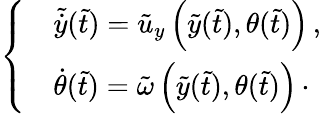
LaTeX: \begin{array}{r}{\left\{ \begin{array}{ll}&{\tilde{\dot{y}}(\tilde{t})=\tilde{u}_{y}\left(\tilde{y}(\tilde{t}),\theta(\tilde{t})\right)\, ,}\\ &{\dot{\theta}(\tilde{t})=\tilde{\omega}\left(\tilde{y}(\tilde{t}),\theta(\tilde{t})\right)\, \cdot}\end{array}\right.}\end{array}